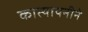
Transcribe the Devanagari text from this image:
कात्यायनीने